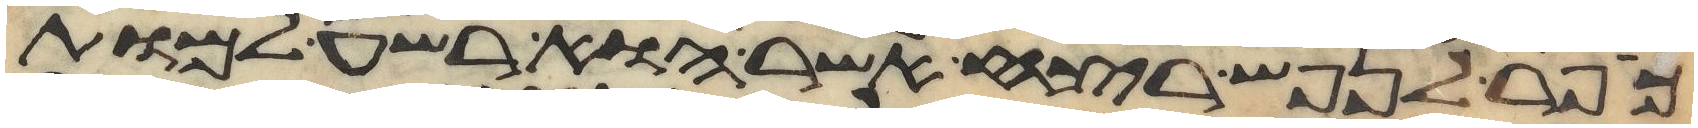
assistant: כפר לנפש רצח אשר הוא רשע למות